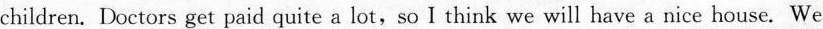
children. Doctors get paid quite a lot,so I think we will have a nice house. We